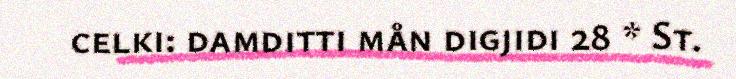
celki: damditti mån digjidi 28 * St.